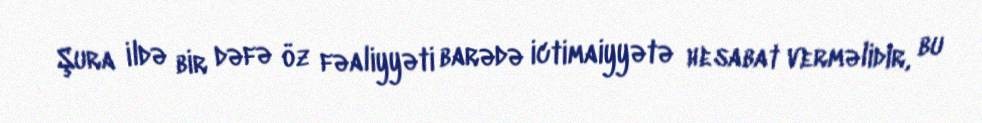
Şura ildə bir dəfə öz fəaliyyəti barədə ictimaiyyətə hesabat verməlidir, bu